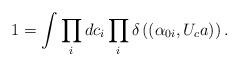
LaTeX: \begin{align*}1 = \int \prod_{i} dc_{i} \prod_{i} \delta \left( (\alpha_{0i},U_{c} a) \right).\end{align*}